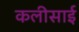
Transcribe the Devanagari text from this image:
कलीसाई